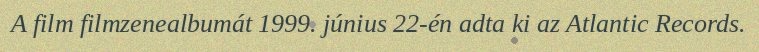
A film filmzenealbumát 1999. június 22-én adta ki az Atlantic Records.